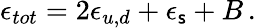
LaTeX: \epsilon_{tot}=2\epsilon_{u,d}+\epsilon_{\mathsf{s}}+B\, .